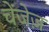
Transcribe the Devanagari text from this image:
चेंजेज़